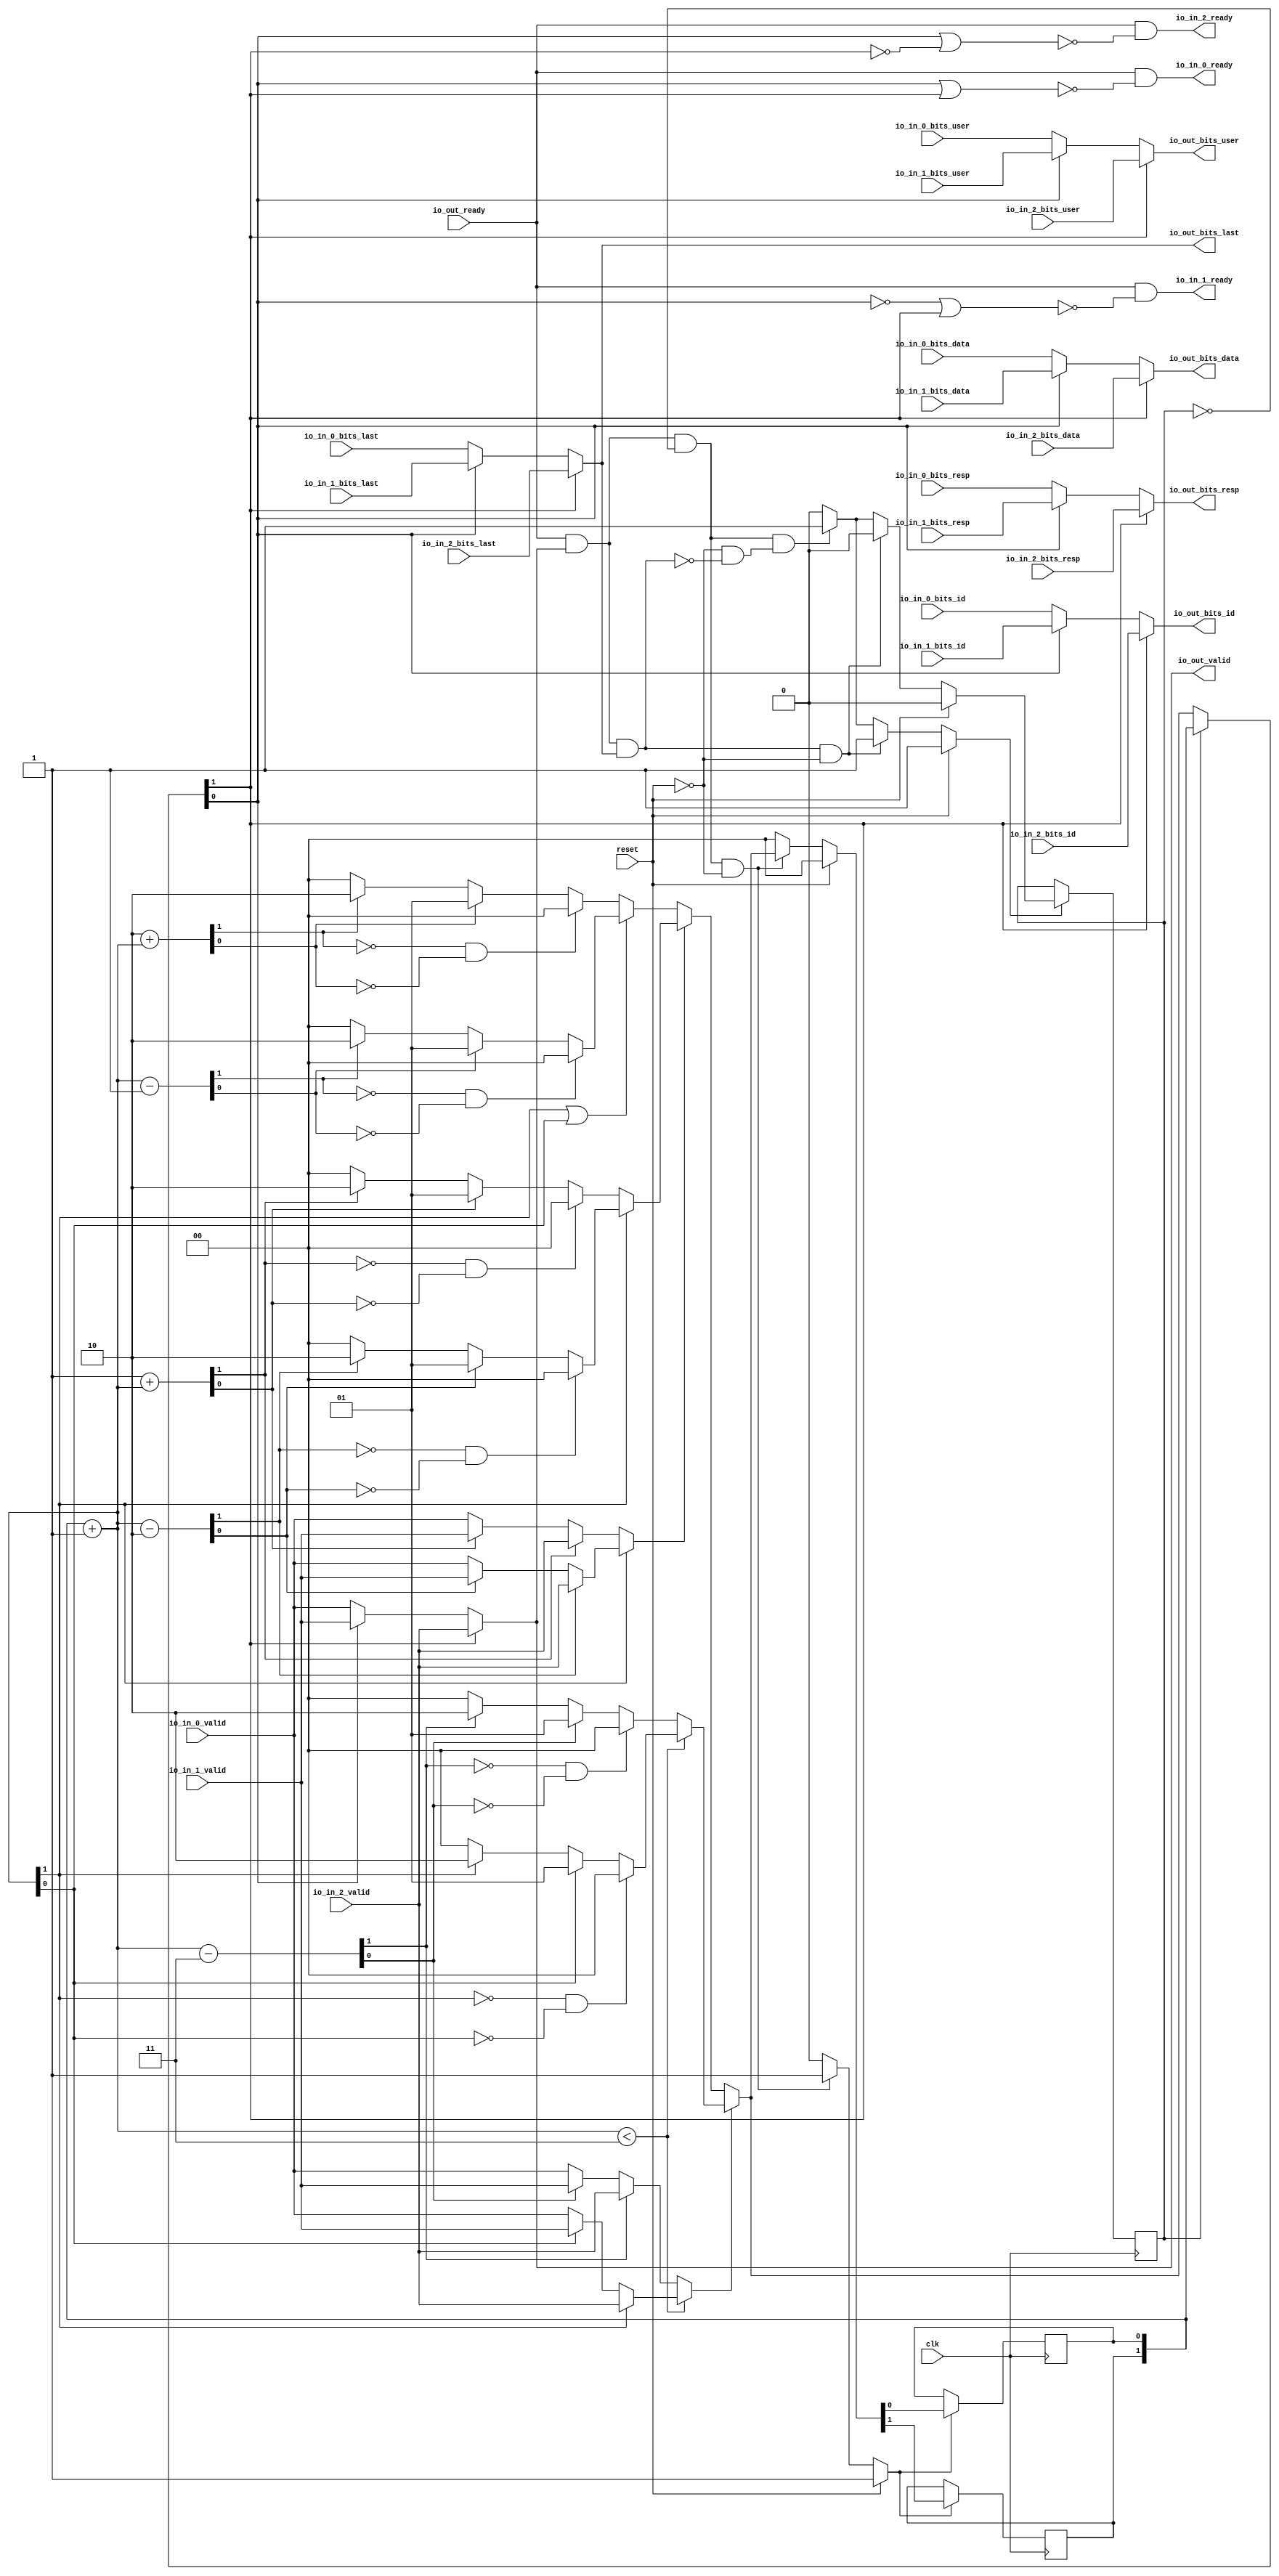
module JunctionsPeekingArbiter_0
(
  clk,
  reset,
  io_in_2_ready,
  io_in_2_valid,
  io_in_2_bits_resp,
  io_in_2_bits_data,
  io_in_2_bits_last,
  io_in_2_bits_id,
  io_in_2_bits_user,
  io_in_1_ready,
  io_in_1_valid,
  io_in_1_bits_resp,
  io_in_1_bits_data,
  io_in_1_bits_last,
  io_in_1_bits_id,
  io_in_1_bits_user,
  io_in_0_ready,
  io_in_0_valid,
  io_in_0_bits_resp,
  io_in_0_bits_data,
  io_in_0_bits_last,
  io_in_0_bits_id,
  io_in_0_bits_user,
  io_out_ready,
  io_out_valid,
  io_out_bits_resp,
  io_out_bits_data,
  io_out_bits_last,
  io_out_bits_id,
  io_out_bits_user
);

  input [1:0] io_in_2_bits_resp;
  input [63:0] io_in_2_bits_data;
  input [5:0] io_in_2_bits_id;
  input [1:0] io_in_1_bits_resp;
  input [63:0] io_in_1_bits_data;
  input [5:0] io_in_1_bits_id;
  input [1:0] io_in_0_bits_resp;
  input [63:0] io_in_0_bits_data;
  input [5:0] io_in_0_bits_id;
  output [1:0] io_out_bits_resp;
  output [63:0] io_out_bits_data;
  output [5:0] io_out_bits_id;
  input clk;
  input reset;
  input io_in_2_valid;
  input io_in_2_bits_last;
  input io_in_2_bits_user;
  input io_in_1_valid;
  input io_in_1_bits_last;
  input io_in_1_bits_user;
  input io_in_0_valid;
  input io_in_0_bits_last;
  input io_in_0_bits_user;
  input io_out_ready;
  output io_in_2_ready;
  output io_in_1_ready;
  output io_in_0_ready;
  output io_out_valid;
  output io_out_bits_last;
  output io_out_bits_user;
  wire [1:0] io_out_bits_resp,T3,choice,T34,T4,T13,T5,T10,T6,T8,T9,T11,T16,T14,T15,T17,T23,
  T25,T30,T37,T35,T36,T44,T75;
  wire [63:0] io_out_bits_data,T71;
  wire [5:0] io_out_bits_id,T63;
  wire io_in_2_ready,io_in_1_ready,io_in_0_ready,io_out_valid,io_out_bits_last,
  io_out_bits_user,N0,N1,N2,N3,N4,N5,N6,N7,N8,N9,N10,N11,N12,N13,N14,N15,N16,N17,N18,N19,
  N20,N21,N22,N23,N24,N25,N26,N27,N28,N29,N30,N31,N32,N33,N34,N35,N36,N37,N38,N39,
  N40,N41,N42,N43,N44,N45,N46,N47,N48,N49,N50,N51,N52,N53,N54,N55,N56,N57,N58,N59,
  N60,N61,N62,N63,N64,N65,N66,T1,N67,T40,N68,T19,N69,T12,N70,N71,N72,T18,N73,N74,
  N75,T33,N76,T27,T20,N77,T21,N78,N79,T28,N80,T39,N81,N82,N83,T53,N84,T47,T41,N85,
  T42,N86,N87,T48,N88,T55,T57,T56,T60,T67,T79,N89,N90,N91,N92,N93,N94,N95,N96,N97,
  N98,N99,N100,N101,N102,N103,N104,N105,N106,N107,N108,N109,N110,N111,N112,N113;
  reg [1:0] lockIdx;
  reg locked;
  assign T39 = T9 < { 1'b1, 1'b1 };
  assign T53 = T25 < { 1'b1, 1'b1 };

  always @(posedge clk) begin
    if(N91) begin
      lockIdx[1] <= N93;
    end 
  end


  always @(posedge clk) begin
    if(N91) begin
      lockIdx[0] <= N92;
    end 
  end


  always @(posedge clk) begin
    if(N97) begin
      locked <= N98;
    end 
  end

  assign N105 = ~T3[1];
  assign N106 = T3[0] | N105;
  assign N107 = ~N106;
  assign N108 = ~T3[0];
  assign N109 = N108 | T3[1];
  assign N110 = ~N109;
  assign N111 = T3[0] | T3[1];
  assign N112 = ~N111;
  assign T9 = lockIdx + 1'b1;
  assign T25 = lockIdx + 1'b1;
  assign T8 = T9 - 1'b1;
  assign T11 = { 1'b1, 1'b0 } + T9;
  assign T15 = T9 - { 1'b1, 1'b0 };
  assign T17 = 1'b1 + T9;
  assign T36 = T9 - { 1'b1, 1'b1 };
  assign T23 = T25 - { 1'b1, 1'b0 };
  assign T30 = 1'b1 + T25;
  assign T44 = T25 - { 1'b1, 1'b1 };
  assign N71 = N0 & N1;
  assign N0 = ~T8[1];
  assign N1 = ~T8[0];
  assign N72 = N2 & N3;
  assign N2 = ~T11[1];
  assign N3 = ~T11[0];
  assign N74 = N4 & N5;
  assign N4 = ~T15[1];
  assign N5 = ~T15[0];
  assign N75 = N6 & N7;
  assign N6 = ~T17[1];
  assign N7 = ~T17[0];
  assign N82 = N8 & N9;
  assign N8 = ~T36[1];
  assign N9 = ~T36[0];
  assign N83 = N10 & N11;
  assign N10 = ~T9[1];
  assign N11 = ~T9[0];
  assign io_out_bits_user = (N12)? io_in_2_bits_user : 
                            (N13)? T1 : 1'b0;
  assign N12 = T3[1];
  assign N13 = N105;
  assign T1 = (N14)? io_in_1_bits_user : 
              (N15)? io_in_0_bits_user : 1'b0;
  assign N14 = T3[0];
  assign N15 = N108;
  assign T3 = (N16)? lockIdx : 
              (N17)? choice : 1'b0;
  assign N16 = locked;
  assign N17 = N67;
  assign choice = (N18)? T34 : 
                  (N19)? T4 : 1'b0;
  assign N18 = T40;
  assign N19 = N68;
  assign T4 = (N20)? T13 : 
              (N21)? T5 : 1'b0;
  assign N20 = T19;
  assign N21 = N69;
  assign T5 = (N22)? T10 : 
              (N23)? T6 : 1'b0;
  assign N22 = T12;
  assign N23 = N70;
  assign T6 = (N24)? { 1'b0, 1'b0 } : 
              (N25)? { 1'b0, 1'b1 } : 
              (N26)? { 1'b1, 1'b0 } : 1'b0;
  assign N24 = N71;
  assign N25 = T8[0];
  assign N26 = T8[1];
  assign T10 = (N27)? { 1'b0, 1'b0 } : 
               (N28)? { 1'b0, 1'b1 } : 
               (N29)? { 1'b1, 1'b0 } : 1'b0;
  assign N27 = N72;
  assign N28 = T11[0];
  assign N29 = T11[1];
  assign T13 = (N30)? T16 : 
               (N31)? T14 : 1'b0;
  assign N30 = T18;
  assign N31 = N73;
  assign T14 = (N32)? { 1'b0, 1'b0 } : 
               (N33)? { 1'b0, 1'b1 } : 
               (N34)? { 1'b1, 1'b0 } : 1'b0;
  assign N32 = N74;
  assign N33 = T15[0];
  assign N34 = T15[1];
  assign T16 = (N35)? { 1'b0, 1'b0 } : 
               (N36)? { 1'b0, 1'b1 } : 
               (N37)? { 1'b1, 1'b0 } : 1'b0;
  assign N35 = N75;
  assign N36 = T17[0];
  assign N37 = T17[1];
  assign T19 = (N38)? T27 : 
               (N39)? T20 : 1'b0;
  assign N38 = T33;
  assign N39 = N76;
  assign T20 = (N40)? io_in_2_valid : 
               (N41)? T21 : 1'b0;
  assign N40 = T23[1];
  assign N41 = N77;
  assign T21 = (N42)? io_in_1_valid : 
               (N43)? io_in_0_valid : 1'b0;
  assign N42 = T23[0];
  assign N43 = N78;
  assign T27 = (N44)? io_in_2_valid : 
               (N45)? T28 : 1'b0;
  assign N44 = T30[1];
  assign N45 = N79;
  assign T28 = (N46)? io_in_1_valid : 
               (N47)? io_in_0_valid : 1'b0;
  assign N46 = T30[0];
  assign N47 = N80;
  assign T34 = (N48)? T37 : 
               (N49)? T35 : 1'b0;
  assign N48 = T39;
  assign N49 = N81;
  assign T35 = (N50)? { 1'b0, 1'b0 } : 
               (N51)? { 1'b0, 1'b1 } : 
               (N52)? { 1'b1, 1'b0 } : 1'b0;
  assign N50 = N82;
  assign N51 = T36[0];
  assign N52 = T36[1];
  assign T37 = (N53)? { 1'b0, 1'b0 } : 
               (N54)? { 1'b0, 1'b1 } : 
               (N55)? { 1'b1, 1'b0 } : 1'b0;
  assign N53 = N83;
  assign N54 = T9[0];
  assign N55 = T9[1];
  assign T40 = (N56)? T47 : 
               (N57)? T41 : 1'b0;
  assign N56 = T53;
  assign N57 = N84;
  assign T41 = (N58)? io_in_2_valid : 
               (N59)? T42 : 1'b0;
  assign N58 = T44[1];
  assign N59 = N85;
  assign T42 = (N60)? io_in_1_valid : 
               (N61)? io_in_0_valid : 1'b0;
  assign N60 = T44[0];
  assign N61 = N86;
  assign T47 = (N62)? io_in_2_valid : 
               (N63)? T48 : 1'b0;
  assign N62 = T25[1];
  assign N63 = N87;
  assign T48 = (N64)? io_in_1_valid : 
               (N65)? io_in_0_valid : 1'b0;
  assign N64 = T25[0];
  assign N65 = N88;
  assign io_out_bits_id = (N12)? io_in_2_bits_id : 
                          (N13)? T63 : 1'b0;
  assign T63 = (N14)? io_in_1_bits_id : 
               (N15)? io_in_0_bits_id : 1'b0;
  assign io_out_bits_last = (N12)? io_in_2_bits_last : 
                            (N13)? T67 : 1'b0;
  assign T67 = (N14)? io_in_1_bits_last : 
               (N15)? io_in_0_bits_last : 1'b0;
  assign io_out_bits_data = (N12)? io_in_2_bits_data : 
                            (N13)? T71 : 1'b0;
  assign T71 = (N14)? io_in_1_bits_data : 
               (N15)? io_in_0_bits_data : 1'b0;
  assign io_out_bits_resp = (N12)? io_in_2_bits_resp : 
                            (N13)? T75 : 1'b0;
  assign T75 = (N14)? io_in_1_bits_resp : 
               (N15)? io_in_0_bits_resp : 1'b0;
  assign io_out_valid = (N12)? io_in_2_valid : 
                        (N13)? T79 : 1'b0;
  assign T79 = (N14)? io_in_1_valid : 
               (N15)? io_in_0_valid : 1'b0;
  assign N91 = (N66)? 1'b1 : 
               (N100)? 1'b1 : 
               (N90)? 1'b0 : 1'b0;
  assign N66 = reset;
  assign { N93, N92 } = (N66)? { 1'b0, 1'b0 } : 
                        (N100)? choice : 1'b0;
  assign N97 = (N66)? 1'b1 : 
               (N101)? 1'b1 : 
               (N104)? 1'b1 : 
               (N96)? 1'b0 : 1'b0;
  assign N98 = (N66)? 1'b0 : 
               (N101)? 1'b0 : 
               (N104)? 1'b1 : 1'b0;
  assign N67 = ~locked;
  assign N68 = ~T40;
  assign N69 = ~T19;
  assign N70 = ~T12;
  assign T12 = ~N113;
  assign N113 = T9[1] | T9[0];
  assign N73 = ~T18;
  assign T18 = ~T9[1];
  assign N76 = ~T33;
  assign N77 = ~T23[1];
  assign N78 = ~T23[0];
  assign N79 = ~T30[1];
  assign N80 = ~T30[0];
  assign T33 = ~T25[1];
  assign N81 = ~T39;
  assign N84 = ~T53;
  assign N85 = ~T44[1];
  assign N86 = ~T44[0];
  assign N87 = ~T25[1];
  assign N88 = ~T25[0];
  assign T55 = T57 & T56;
  assign T56 = ~locked;
  assign T57 = io_out_ready & io_out_valid;
  assign T60 = T57 & io_out_bits_last;
  assign io_in_0_ready = io_out_ready & N112;
  assign io_in_1_ready = io_out_ready & N110;
  assign io_in_2_ready = io_out_ready & N107;
  assign N89 = T55 | reset;
  assign N90 = ~N89;
  assign N94 = T60 | reset;
  assign N95 = T55 | N94;
  assign N96 = ~N95;
  assign N99 = ~reset;
  assign N100 = T55 & N99;
  assign N101 = T60 & N99;
  assign N102 = ~T60;
  assign N103 = N99 & N102;
  assign N104 = T55 & N103;

endmodule